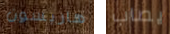
هاريسون يصاب